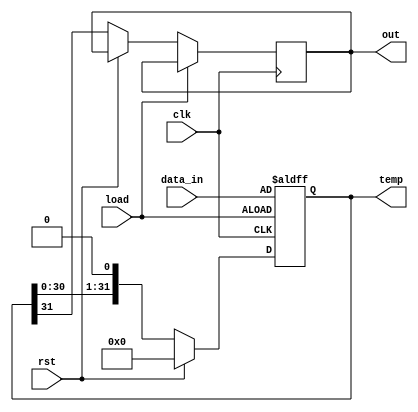
`timescale 1ns / 1ps
//////////////////////////////////////////////////////////////////////////////////
// Group:21
// Members: Debanjan Saha [19CS30014], Pritkumar Godhani [19CS10048]
//  
// Module Name: ShiftRegLeft 
// Project Name: Assignment-5 Question 4
//
//////////////////////////////////////////////////////////////////////////////////
module ShiftRegLeft(out, temp, data_in, clk, rst, load);
	input clk, load, rst;
	input [31:0] data_in;
	output reg out;
	output reg [31:0] temp;
	
	// Left Shift Logic + Asynchronous Load
	always @ (posedge clk or posedge load) begin
		if(load) 
			temp <= data_in;
		else if(rst)
			temp <= 16'b0;
		else begin
			out <= temp[31];
			temp <= {temp[30:0], 1'b0};
		end 
	end

endmodule